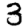
Digit: 3